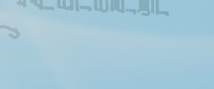
نحن نقدم لكم أفضل عروض ال